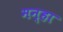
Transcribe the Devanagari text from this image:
मन्हा